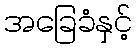
အခြေခံနှင့်